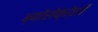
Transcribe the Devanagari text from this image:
ब्योरोक्रेसी